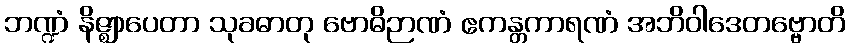
ဘဏ္ဍံ နိဇ္ဈာပေတာ သုခဓာတု ဗောဓိဉာဏံ ဧကန္တကာရဏံ အဘိဝါဒေတဗ္ဗောတိ